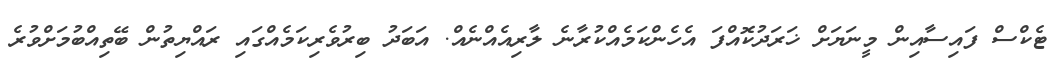
ޓެކްސް ފައިސާއިން މީނަޔަށް ޚަރަދުކޮއްފަ އެހެންކަމެއްކުރާނެ ލާރިއެއްނެއް. އަބަދު ބިރުވެރިކަމެއްގައި ރައްޔިތުން ބޭތިއްބުމަށްވުރެ